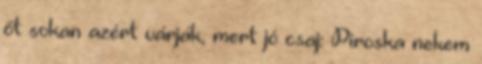
őt sokan azért várják, mert jó csaj: Piroska nekem